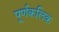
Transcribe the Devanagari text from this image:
पूर्णकलिक